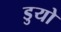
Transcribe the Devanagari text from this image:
डुयो